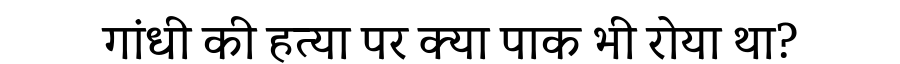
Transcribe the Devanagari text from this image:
गांधी की हत्या पर क्या पाक भी रोया था?